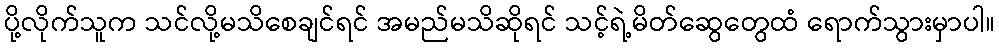
ပို့လိုက်သူက သင်လို့မသိစေချင်ရင် အမည်မသိဆိုရင် သင့်ရဲ့မိတ်ဆွေတွေထံ ရောက်သွားမှာပါ။